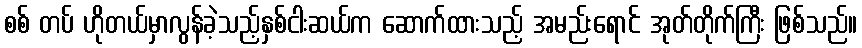
စစ် တပ် ဟိုတယ်မှာလွန်ခဲ့သည့်နှစ်ငါးဆယ်က ဆောက်ထားသည့် အမည်းရောင် အုတ်တိုက်ကြီး ဖြစ်သည်။